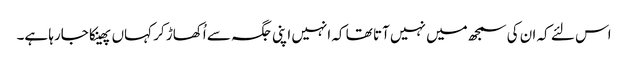
اس لئے کہ ان کی سمجھ میں نہیں آتا تھا کہ انہیں اپنی جگہ سے اُکھاڑ کر کہاں پھینکا جارہا ہے۔